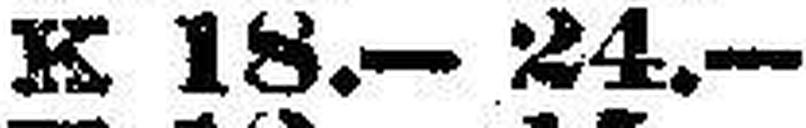
K 18.—24.—